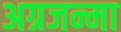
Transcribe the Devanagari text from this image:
अग्रजन्मा